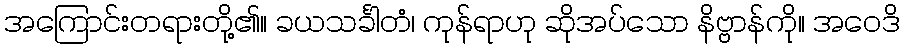
အကြောင်းတရားတို့၏။ ခယသင်္ခါတံ၊ ကုန်ရာဟု ဆိုအပ်သော နိဗ္ဗာန်ကို။ အဝေဒိ